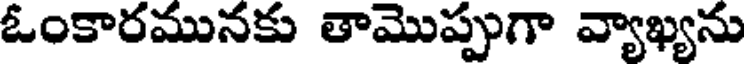
ఓంకారమునకు తామొప్పుగా వ్యాఖ్యను